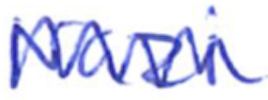
Text: Nazi
Cross-out: zig-zag
Writing tool: ballpoint